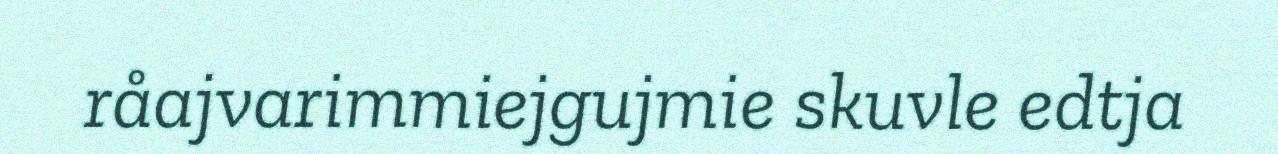
råajvarimmiejgujmie skuvle edtja